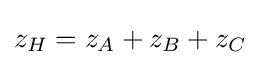
z_{H}=z_{A}+z_{B}+z_{C}